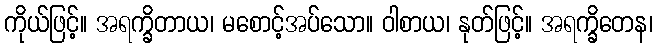
ကိုယ်ဖြင့်။ အရက္ခိတာယ၊ မစောင့်အပ်သော။ ဝါစာယ၊ နုတ်ဖြင့်။ အရက္ခိတေန၊